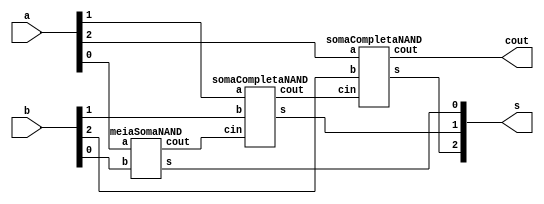
module Exercicio04(cout, s, a, b);
	output[2:0] s;
	output cout;
	input[2:0] a, b;
	wire t1, t2;

	meiaSomaNAND HALFADDER1(t1, s[0], a[0], b[0]);
	somaCompletaNAND FULLADDER1(t2, s[1], t1, a[1], b[1]);
	somaCompletaNAND FULLADDER2(cout, s[2], t2, a[2], b[2]);
endmodule

module somaCompletaNAND(cout, s, cin, a, b);
	output cout, s;
	input cin, a, b;
	wire t1, t2, t3, t4, t5;
	meiaSomaNAND HALFADDER01(t1, t2, a, b);
	meiaSomaNAND HALFADDER02(t3, s, t2, cin);
	nand NAND1(t4, t1, t1);
	nand NAND2(t5, t3, t3);
	nand NAND3(cout, t4, t5);
endmodule

module meiaSomaNAND(cout, s, a, b);
	output cout, s;
	input a, b;
	nand NAND1(t1, a, a);
	nand NAND2(t2, b, b);
	nand NAND3(t3, t1, t2);
	nand NAND4(t4, a, b);
	nand NAND5(cout, t4, t4);
	nand NAND6(t5, t3, t4);
	nand NAND7(s, t5, t5);
endmodule

module testeExercicio04;
	reg[2:0] a, b;
	wire[2:0] s;
	wire cout;
	integer i, j, linha;
	
	Exercicio04 FULLADDER3BITS(cout, s, a, b);

	initial begin
		a = 0;
		b = 0;
		linha = -1;
	end

	initial begin
		$display("Exercicio 04 - Douglas Borges - 417889");
		$display("Circuito Somador Completo de 3 Bits com portas NAND\n");

		#1 $display("      a  +  b  = C Soma");

		for(i = 0; i < 8; i = i + 1)begin
			a = i;
			for(j = 0; j < 8; j = j + 1)begin
				#1 b = j; linha = linha + 1;
				#1 $display("  %2d %3b + %3b = %b %3b", linha, a, b, cout, s);
			end
		end
	end
/*
Exercicio 04 - Douglas Borges - 417889
Circuito Somador Completo de 3 Bits com portas NAND

      a  +  b  = C Soma
   0 000 + 000 = 0 000
   1 000 + 001 = 0 001
   2 000 + 010 = 0 010
   3 000 + 011 = 0 011
   4 000 + 100 = 0 100
   5 000 + 101 = 0 101
   6 000 + 110 = 0 110
   7 000 + 111 = 0 111
   8 001 + 000 = 0 001
   9 001 + 001 = 0 010
  10 001 + 010 = 0 011
  11 001 + 011 = 0 100
  12 001 + 100 = 0 101
  13 001 + 101 = 0 110
  14 001 + 110 = 0 111
  15 001 + 111 = 1 000
  16 010 + 000 = 0 010
  17 010 + 001 = 0 011
  18 010 + 010 = 0 100
  19 010 + 011 = 0 101
  20 010 + 100 = 0 110
  21 010 + 101 = 0 111
  22 010 + 110 = 1 000
  23 010 + 111 = 1 001
  24 011 + 000 = 0 011
  25 011 + 001 = 0 100
  26 011 + 010 = 0 101
  27 011 + 011 = 0 110
  28 011 + 100 = 0 111
  29 011 + 101 = 1 000
  30 011 + 110 = 1 001
  31 011 + 111 = 1 010
  32 100 + 000 = 0 100
  33 100 + 001 = 0 101
  34 100 + 010 = 0 110
  35 100 + 011 = 0 111
  36 100 + 100 = 1 000
  37 100 + 101 = 1 001
  38 100 + 110 = 1 010
  39 100 + 111 = 1 011
  40 101 + 000 = 0 101
  41 101 + 001 = 0 110
  42 101 + 010 = 0 111
  43 101 + 011 = 1 000
  44 101 + 100 = 1 001
  45 101 + 101 = 1 010
  46 101 + 110 = 1 011
  47 101 + 111 = 1 100
  48 110 + 000 = 0 110
  49 110 + 001 = 0 111
  50 110 + 010 = 1 000
  51 110 + 011 = 1 001
  52 110 + 100 = 1 010
  53 110 + 101 = 1 011
  54 110 + 110 = 1 100
  55 110 + 111 = 1 101
  56 111 + 000 = 0 111
  57 111 + 001 = 1 000
  58 111 + 010 = 1 001
  59 111 + 011 = 1 010
  60 111 + 100 = 1 011
  61 111 + 101 = 1 100
  62 111 + 110 = 1 101
  63 111 + 111 = 1 110
*/
endmodule